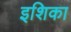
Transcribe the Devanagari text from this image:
इशिका